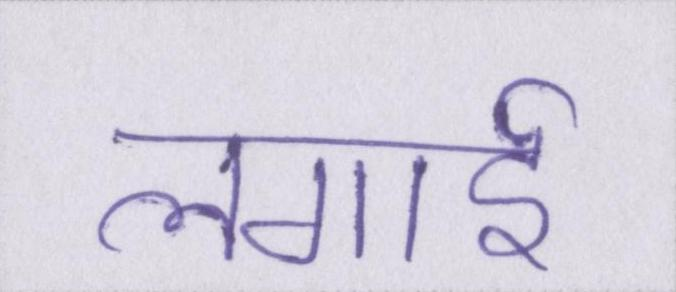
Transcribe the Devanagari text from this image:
लगाई